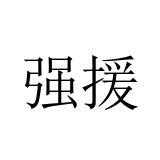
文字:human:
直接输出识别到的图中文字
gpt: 强援